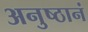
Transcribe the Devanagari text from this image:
अनुष्ठानं